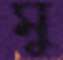
মু